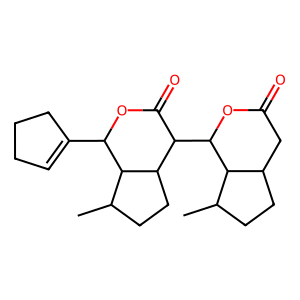
SMILES: CC1CCC2C(C3OC(=O)CC4CCC(C)C43)C(=O)OC(C3=CCCC3)C12
Inhibits HIV replication: No